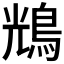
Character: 𪀯